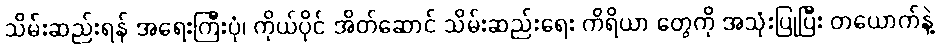
သိမ်းဆည်းရန် အရေးကြီးပုံ၊ ကိုယ်ပိုင် အိတ်ဆောင် သိမ်းဆည်းရေး ကိရိယာ တွေကို အသုံးပြုပြီး တယောက်နဲ့